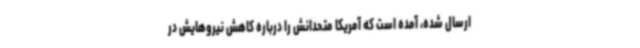
ارسال شده، آمده است که آمریکا متحدانش را درباره کاهش نیروهایش در